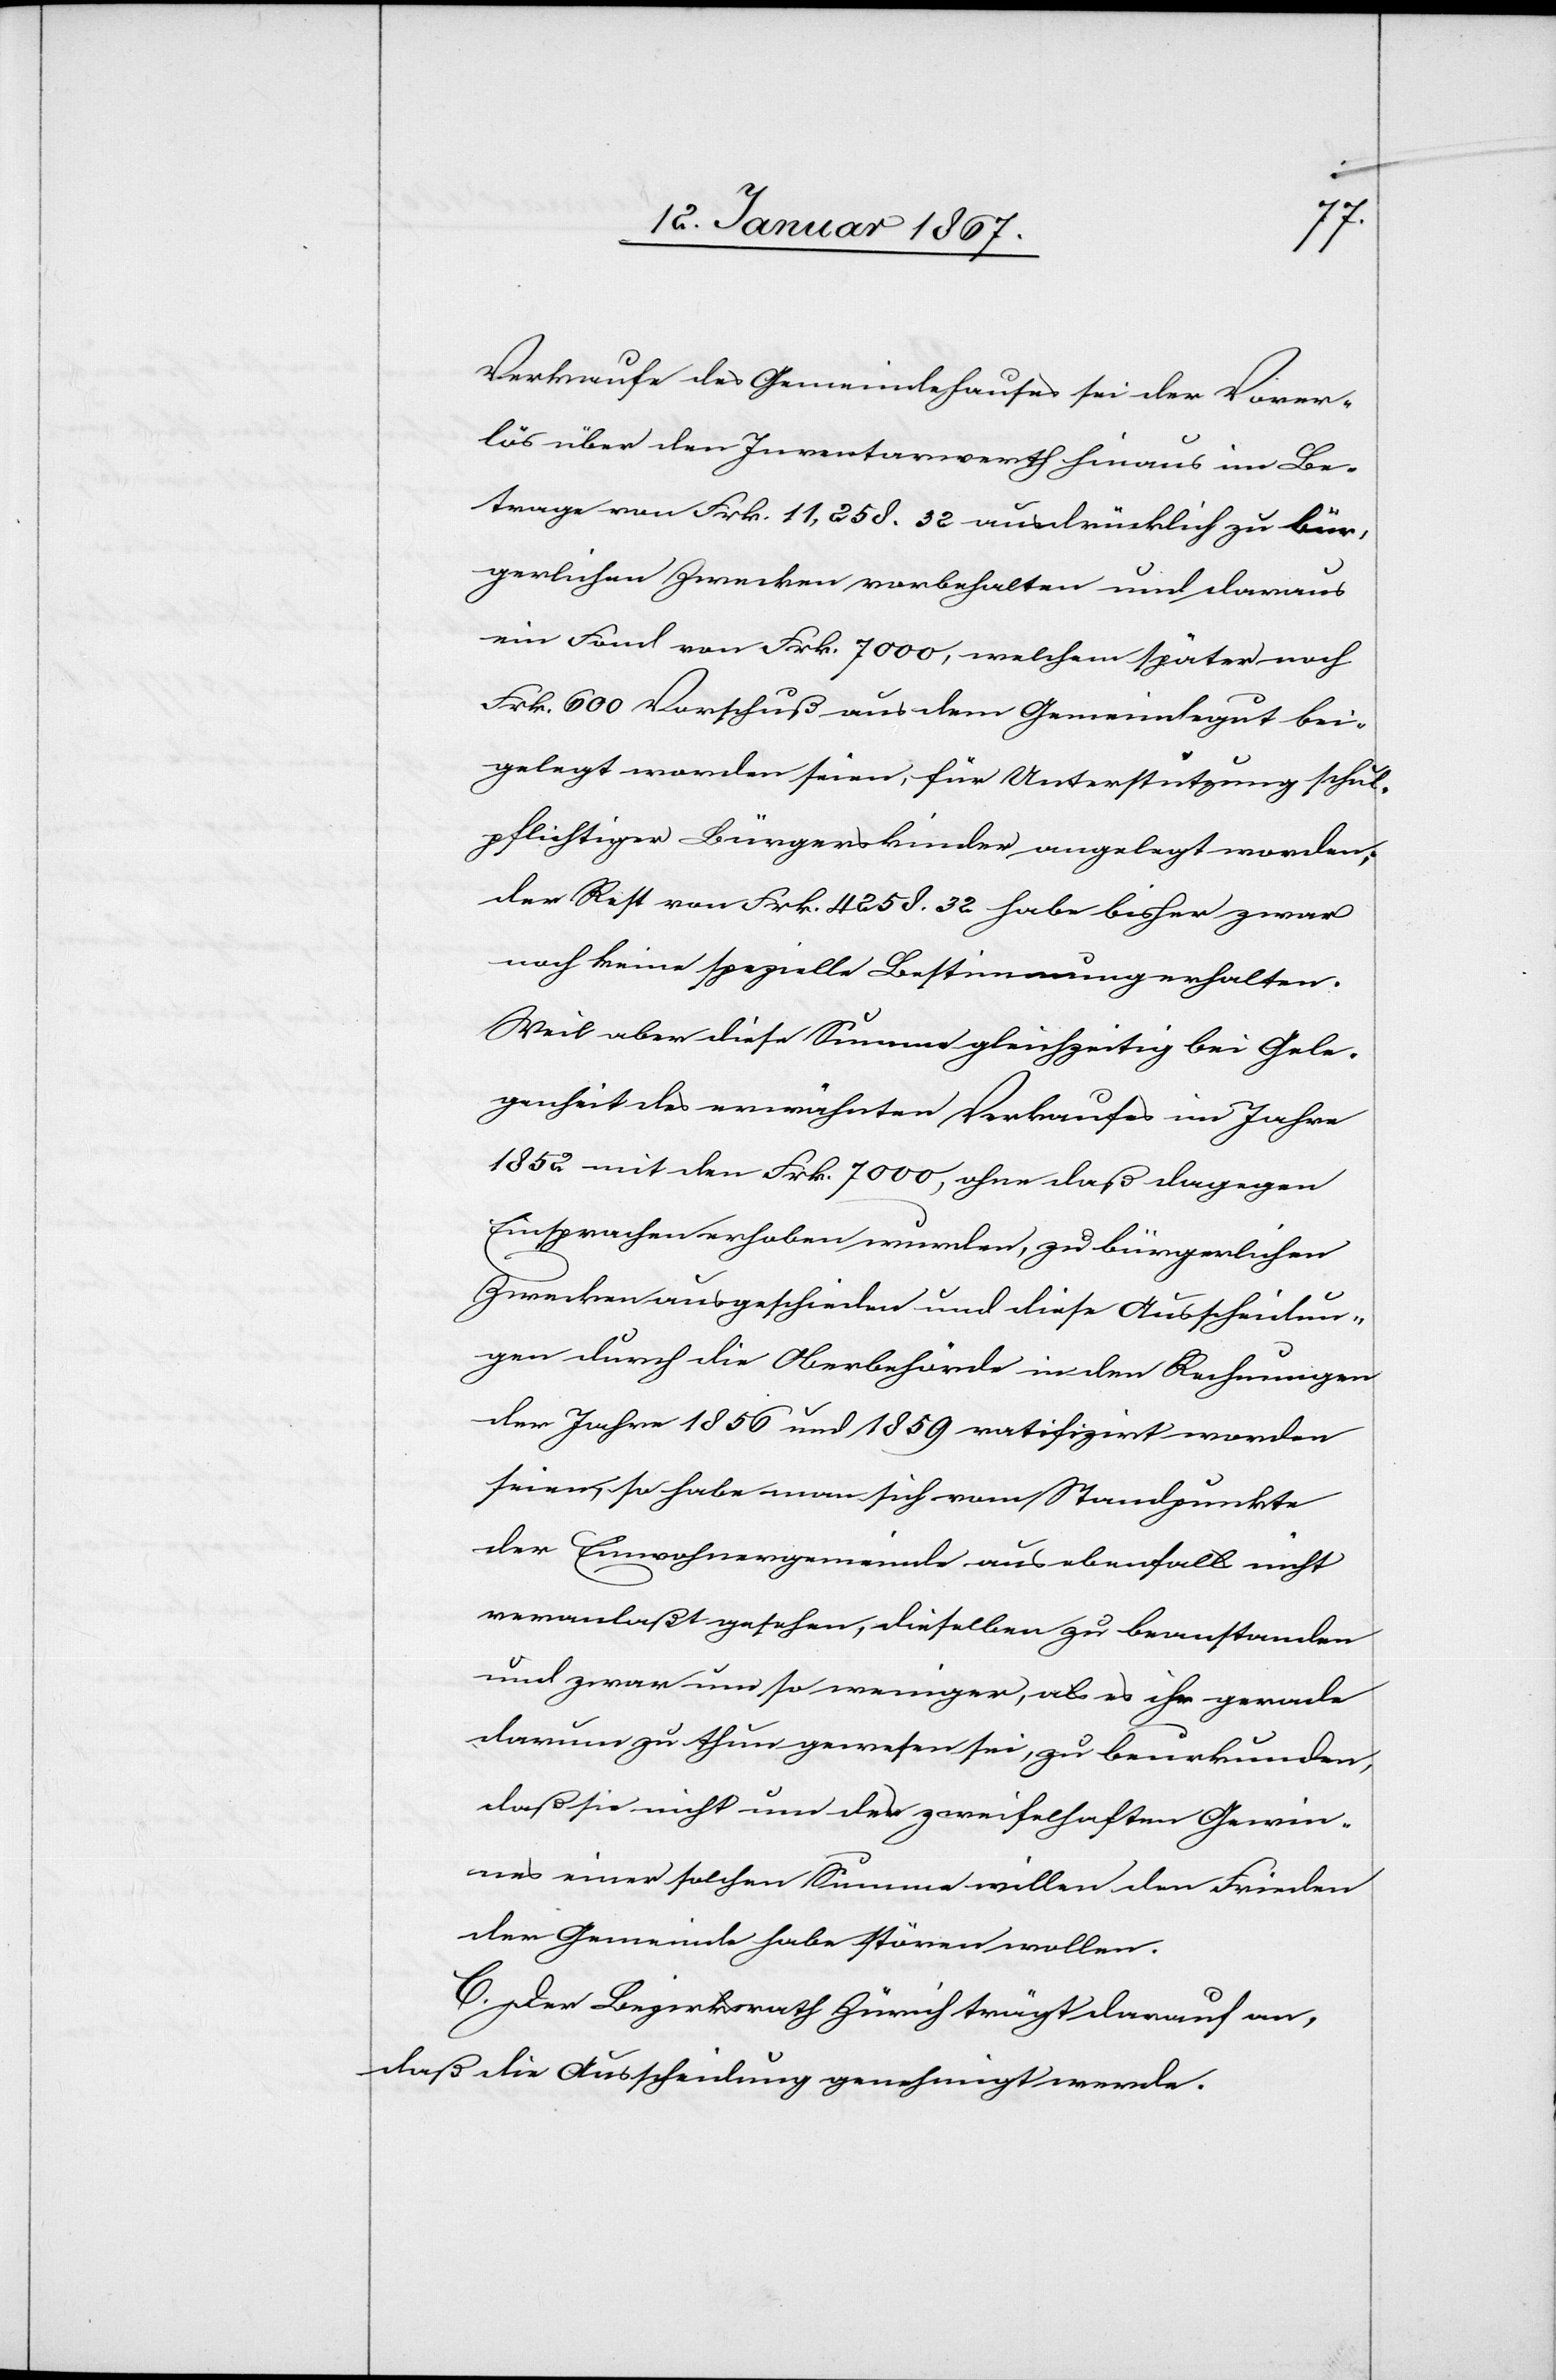
Verkaufe des Gemeindehauses sei der Vorer¬
lös über den Inventarwerth hinaus im Be¬
trage von Frk. 11,258.32 ausdrücklich zu bür¬
gerlichen Zwecken vorbehalten und daraus
ein Fond von Frk. 7000, welchem später noch
Frk. 600 Vorschuß aus dem Gemeindegut bei¬
gelegt worden seien, für Unterstützung schul¬
pflichtiger Bürgerkinder angelegt worden;
der Rest von Frk. 4258.32 habe bisher zwar
noch keine spezielle Bestimmung erhalten.
Weil aber diese Summe gleichzeitig bei Gele¬
genheit des erwähnten Verkaufes im Jahre
1852 mit den Frk. 7000, ohne daß dagegen
Einsprache erhoben wurde, zu bürgerlichen
Zwecken ausgeschieden und diese Ausscheidun¬
gen durch die Oberbehörde in den Rechnungen
der Jahre 1856 und 1859 ratifiziert worden
seien, so habe man sich vom Standpunkte
der Einwohnergemeinde aus ebenfalls nicht
veranlaßt gesehen, dieselben zu beanstanden
und zwar um so weniger, als es ihm gerade
darum zu thun gewesen sei, zu beurkunden,
daß sie nicht um des zweifelhaften Gewin¬
nes einer solchen Summe willen den Frieden
der Gemeinde habe stören wollen.
C. Der Bezirksrath Zürich trägt darauf an,
daß die Ausscheidung genehmigt werde.